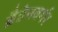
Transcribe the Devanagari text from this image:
ब्रैडेनबर्गर